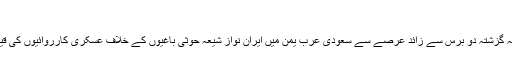
‘‘
یہ بات اہم ہے کہ گزشتہ دو برس سے زائد عرصے سے سعودی عرب یمن میں ایران نواز شیعہ حوثی باغیوں کے خلاف عسکری کارروائیوں کی قیادت کر رہا ہے۔